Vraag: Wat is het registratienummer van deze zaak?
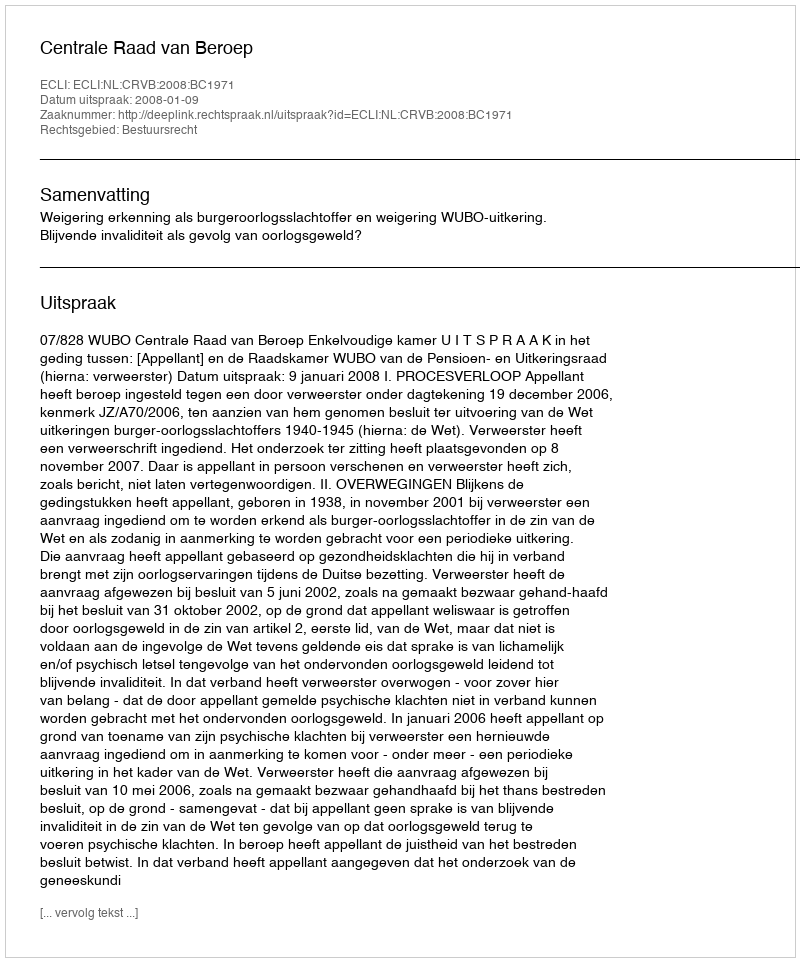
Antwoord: http://deeplink.rechtspraak.nl/uitspraak?id=ECLI:NL:CRVB:2008:BC1971